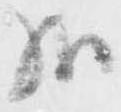
哉